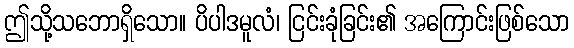
ဤသို့သဘောရှိသော။ ပိပါဒမူလံ၊ ငြင်းခုံခြင်း၏ အကြောင်းဖြစ်သော